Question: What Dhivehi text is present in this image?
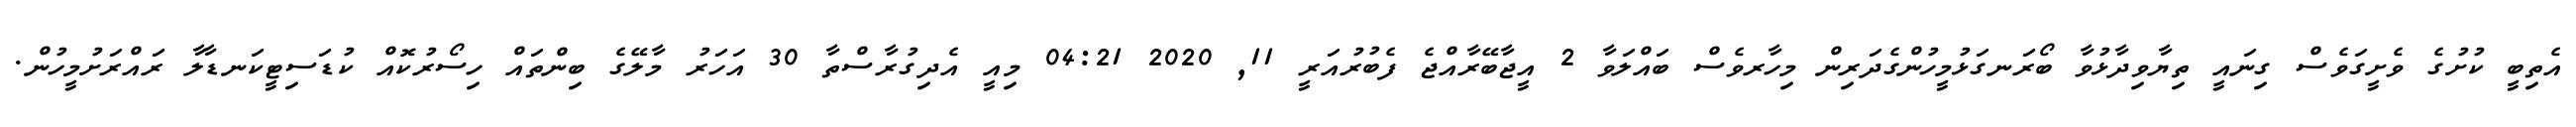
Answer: އެތިބީ ކުށުގެ ވެށީގަވެސް ގިނައީ ތިޔާވިދާޅުވާ ބޯރަނގަޅުމީހުންގެދަރިން މިހާރވެސް ބައްލަވާ 2 އީޖާބޭރާއްޖެ ފެބުރުއަރީ 11, 2020 04:21 މިއީ އެދިގުރާސްތާ 30 އަހަރު މާލޭގެ ބިންތައް ހިސޯރުކޮއް ކުޑަސިޓީކަނޑާލާ ރައްރަށުމީހުން.